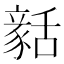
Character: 𧱳